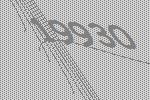
19930